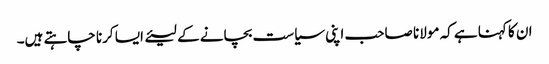
ان کا کہنا ہے کہ مولانا صاحب اپنی سیاست بچانے کے لیئے ایسا کرنا چاہتے ہیں۔